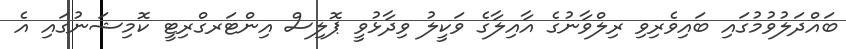
ބައްދަލުވުމުގައި ބައިވެރިވި ރިލްވާނުގެ އާއިލާގެ ވަކީލު ވިދާޅުވީ ޕޮލިސް އިންޓަރގްރިޓީ ކޮމިޝަނުގައި އެ